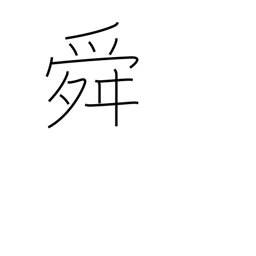
Meaning: rose of Sharon